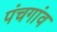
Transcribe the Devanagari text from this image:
पंचगांव